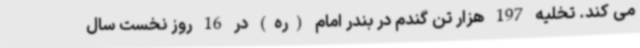
می کند. تخلیه 197 هزار تن گندم در بندر امام (ره) در 16 روز نخست سال